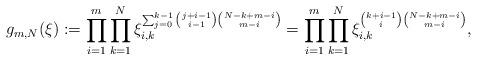
LaTeX: \begin{align*}g_{m,N}(\xi):=\prod_{i=1}^{m}\prod_{k=1}^{N}\xi_{i,k}^{\sum_{j=0}^{k-1}\binom{j+i-1}{i-1}\binom{N-k+m-i}{m-i}}=\prod_{i=1}^{m}\prod_{k=1}^{N}\xi_{i,k}^{\binom{k+i-1}{i}\binom{N-k+m-i}{m-i}},\end{align*}